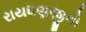
રાયધણજીનો